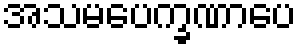
အသမပေက္ခဏာပေ